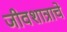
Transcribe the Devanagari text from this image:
जीवशात्राचे